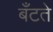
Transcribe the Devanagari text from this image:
बँटते